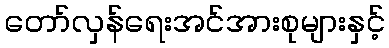
တော်လှန်ရေးအင်အားစုများနှင့်